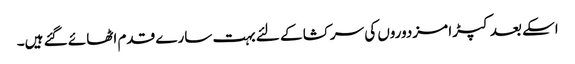
اسکے بعد کپڑا مزدوروں کی سرکشا کے لئے بہت سارے قدم اٹھائے گئے ہیں۔